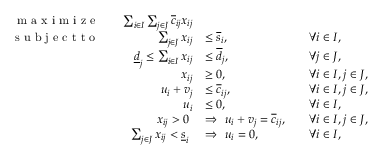
\begin{array} { r l r l r l } { \textnormal { m a x i m i z e } } & { } & { \sum _ { i \in I } \sum _ { j \in J } \overline { { c } } _ { i j } x _ { i j } } \\ { \textnormal { s u b j e c t t o } } & { } & { \sum _ { j \in J } x _ { i j } } & { \le \overline { { s } } _ { i } , } & & { \forall i \in I , } \\ & { } & { \underline { { d } } _ { j } \le \sum _ { i \in I } x _ { i j } } & { \le \overline { { d } } _ { j } , } & & { \forall j \in J , } \\ & { } & { x _ { i j } } & { \ge 0 , } & & { \forall i \in I , j \in J , } \\ & { } & { u _ { i } + v _ { j } } & { \le \overline { { c } } _ { i j } , } & & { \forall i \in I , j \in J , } \\ & { } & { u _ { i } } & { \le 0 , } & & { \forall i \in I , } \\ & { } & { x _ { i j } > 0 \ } & { \Rightarrow \ u _ { i } + v _ { j } = \overline { { c } } _ { i j } , } & & { \forall i \in I , j \in J , } \\ & { } & { \sum _ { j \in J } x _ { i j } < \underline { { s } } _ { i } \ } & { \Rightarrow \ u _ { i } = 0 , } & & { \forall i \in I , } \end{array}